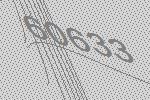
60633